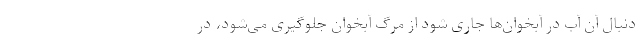
دنبال آن آب در آبخوان‌ها جاری شود از مرگ آبخوان جلوگیری می‌شود، در